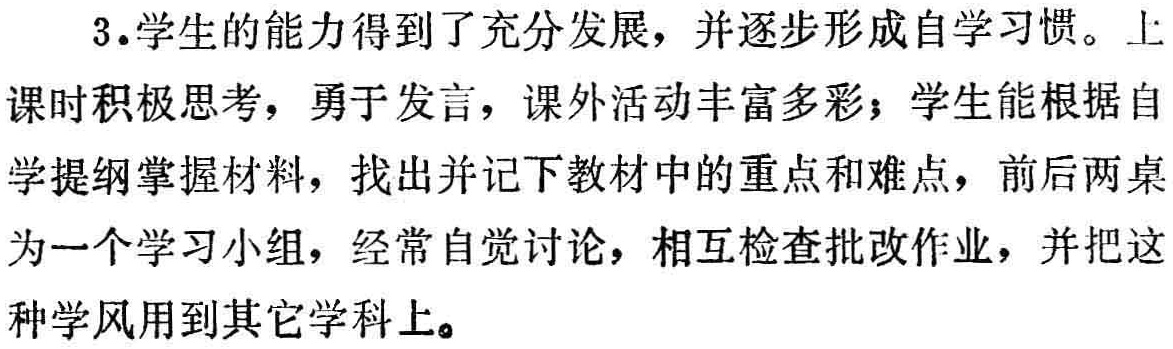
3.学生的能力得到了充分发展，并逐步形成自学习惯。上课时积极思考，勇于发言，课外活动丰富多彩；学生能根据自学提纲掌握材料，找出并记下教材中的重点和难点，前后两桌为一个学习小组，经常自觉讨论，相互检查批改作业，并把这种学风用到其它学科上。